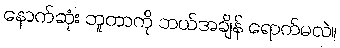
နောက်ဆုံး ဘူတာကို ဘယ်အချိန် ရောက်မလဲ။